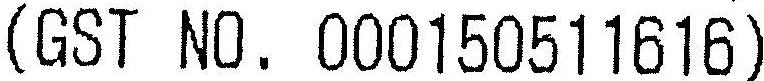
(GST NO. 000150511616)